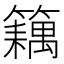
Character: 𬕽